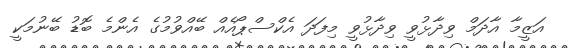
އަޒީމާ އާދަމް ވިދާޅުވީ ވިދާޅުވީ މިފަދަ އެކްސްޕޯއެއް ބޭއްވުމުގެ އެންމެ ބޮޑު ބޭނުމަކީ